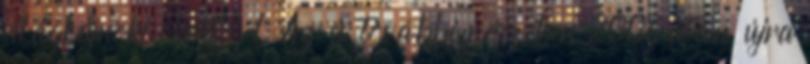
világbajnoki címet. 1 Az év további részében 2006 után újra